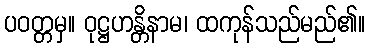
ပဝတ္တမှ။ ဝုဋ္ဌဟန္တိနာမ၊ ထကုန်သည်မည်၏။